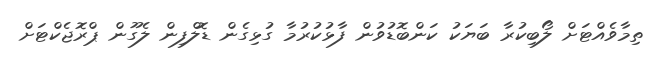
ތިމާވެއްޓަށް ލޯބިކުރާ ބަޔަކު ކަންބޮޑުވުން ފާޅުކުރުމާ ގުޅިގެން ޑޮލްފިން ލެގޫން ޕްރޮޖެކްޓަށް